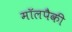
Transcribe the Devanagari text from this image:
मॉलपैकी